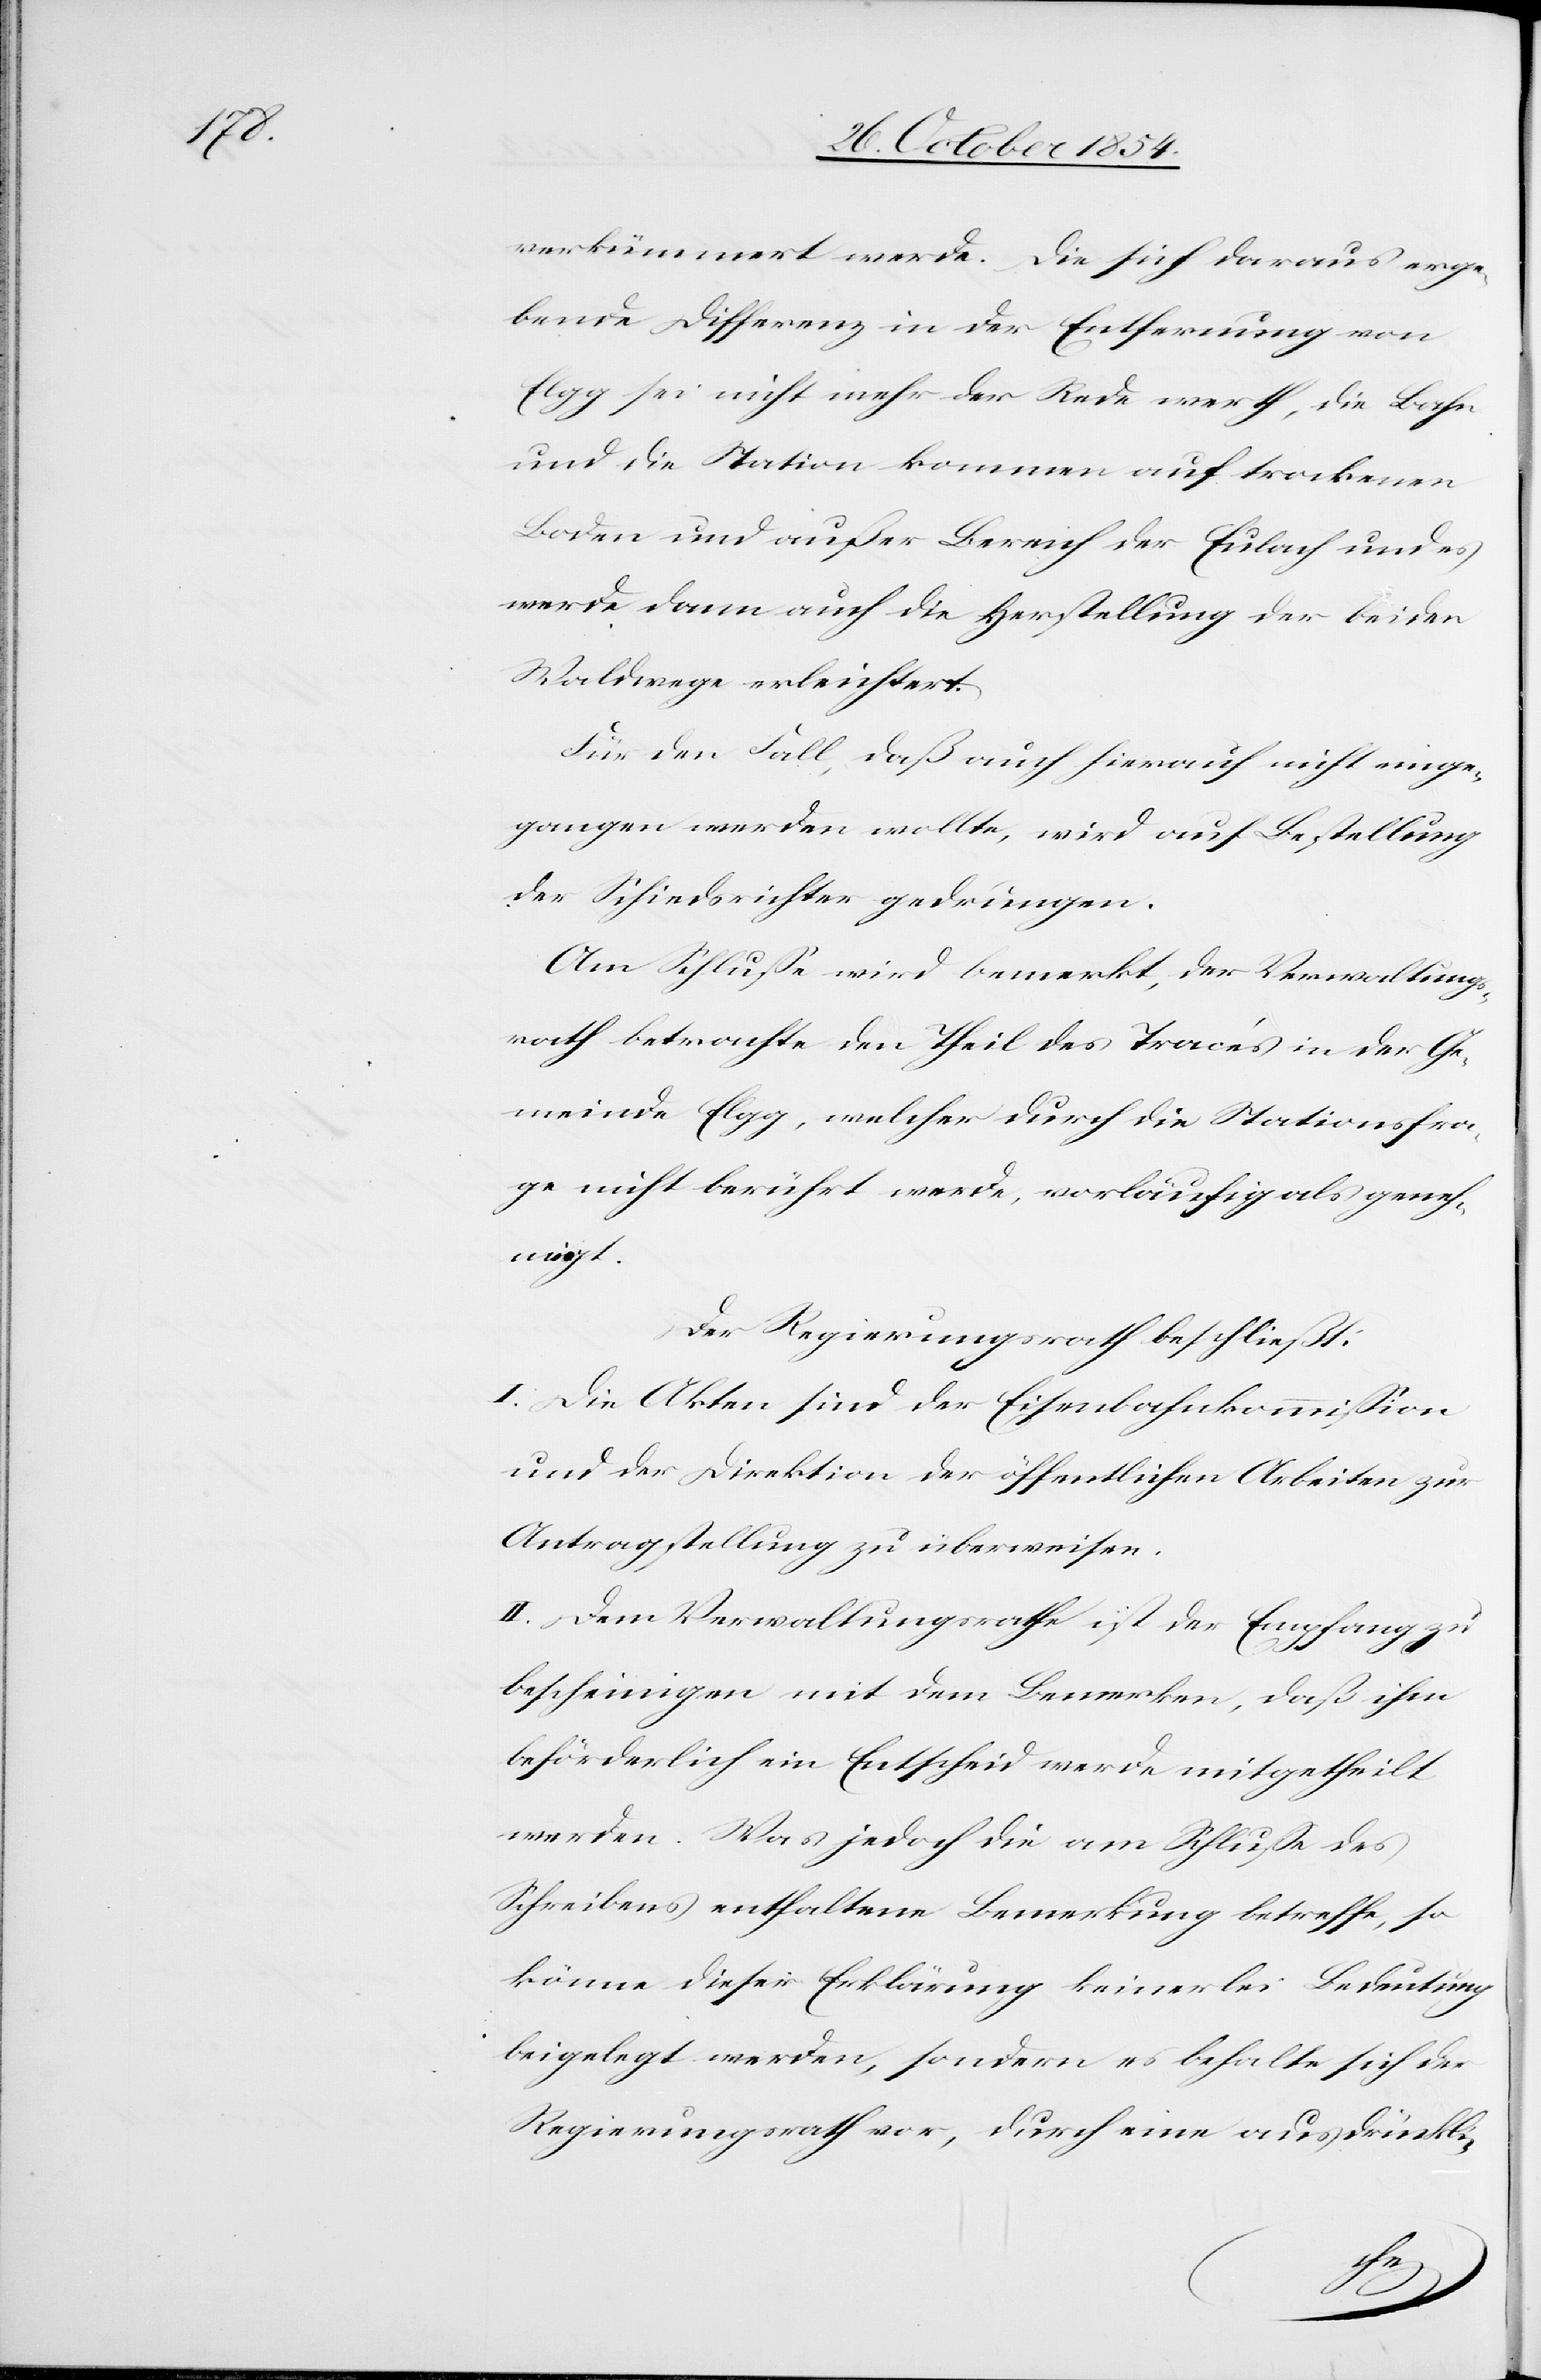
verkümmert werde. Die sich daraus erge¬
bende Differenz in der Entfernung von
Elgg sei nicht mehr der Rede werth, die Bahn
und die Station kommen auf trockenen
Boden und außer Bereich der Eulach und es
werde dann auch die Herstellung der beiden
Waldwege erleichtert.
Für den Fall, daß auch hierauf nicht einge¬
gangen werden wollte, wird auf Bestellung
der Schiedsrichter gedrungen.
Am Schluße wird bemerkt, der Verwaltungs¬
rath betrachte den Theil des Tracés in der Ge¬
meinde Elgg, welcher durch die Stationsfra¬
ge nicht berührt werde, vorläufig als geneh¬
migt.
Der Regierungsrath beschließt:
I. Die Akten sind der Eisenbahnkommißion
und der Direktion der öffentlichen Arbeiten zur
Antragstellung zu überweisen.
II. Dem Verwaltungsrathe ist der Empfang zu
bescheinigen und mit dem Bemerken, daß ihm
beförderlich ein Entscheid werde mitgetheilt
werden. Was jedoch die am Schluße des
Schreibens enthaltene Bemerkung betreffe, so
könne dieser Erklärung keinerlei Bedeutung
beigelegt werden, sondern es behalte sich der
Regierungsrath vor, durch eine ausdrückli-